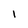
Character: l